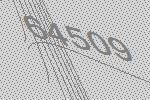
64509